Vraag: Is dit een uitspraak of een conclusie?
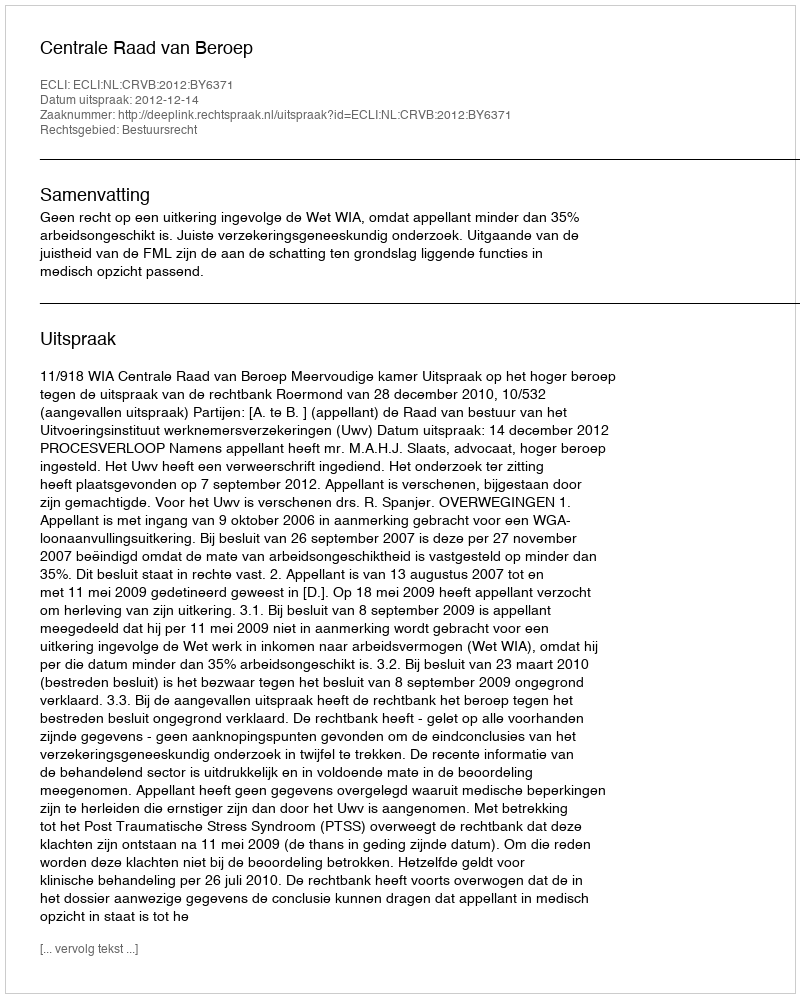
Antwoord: Uitspraak